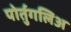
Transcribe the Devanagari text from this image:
पोर्तुगलिअ